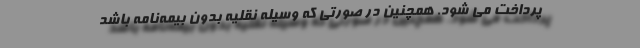
پرداخت می شود. همچنین در صورتی که وسیله نقلیه بدون بیمه‌نامه باشد